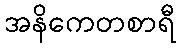
အနိကေတစာရီ